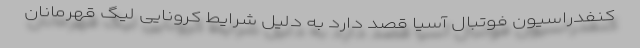
کنفدراسیون فوتبال آسیا قصد دارد به دلیل شرایط کرونایی لیگ قهرمانان